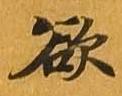
欲